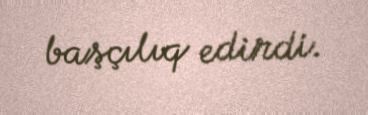
başçılıq edirdi.